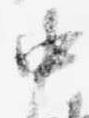
中